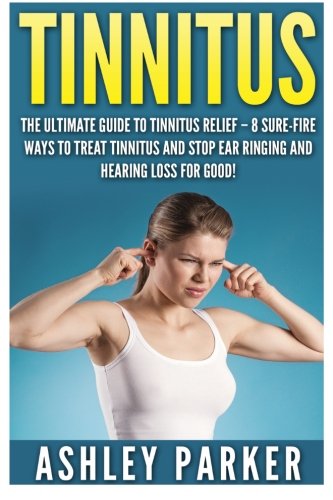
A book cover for Tinnitus: The Ultimate Guide to Tinnitus Relief - 8 Sure-Fire Ways to Treat Tinnitus and Stop Ear Ringing and Hearing Loss for Good!; Ashley Parker; Health, Fitness & Dieting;